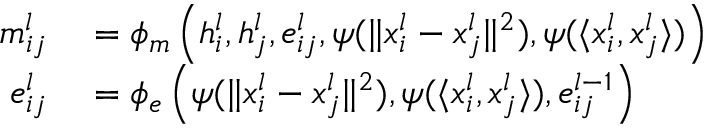
\begin{array} { r l } { m _ { i j } ^ { l } } & { { } = \phi _ { m } \left( h _ { i } ^ { l } , h _ { j } ^ { l } , e _ { i j } ^ { l } , \psi ( \Vert { x _ { i } ^ { l } - x _ { j } ^ { l } } \Vert ^ { 2 } ) , \psi ( \langle x _ { i } ^ { l } , x _ { j } ^ { l } \rangle ) \right) } \\ { e _ { i j } ^ { l } } & { { } = \phi _ { e } \left( \psi ( \Vert { x _ { i } ^ { l } - x _ { j } ^ { l } } \Vert ^ { 2 } ) , \psi ( \langle x _ { i } ^ { l } , x _ { j } ^ { l } \rangle ) , e _ { i j } ^ { l - 1 } \right) } \end{array}